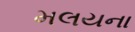
મલયના